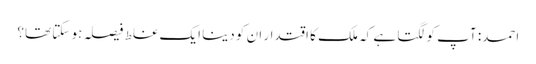
احمد: آپ کو لگتا ہے کہ ملک کا اقتدار ان کو دینا ایک غلط فیصلہ ہو سکتا تھا؟